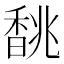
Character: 𩡂